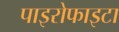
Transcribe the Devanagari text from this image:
पाइरोफाइटा